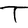
Character: T